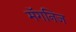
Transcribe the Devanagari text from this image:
मॅगनिज